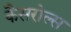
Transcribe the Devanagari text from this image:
कैसरोल्स